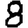
Digit: 8